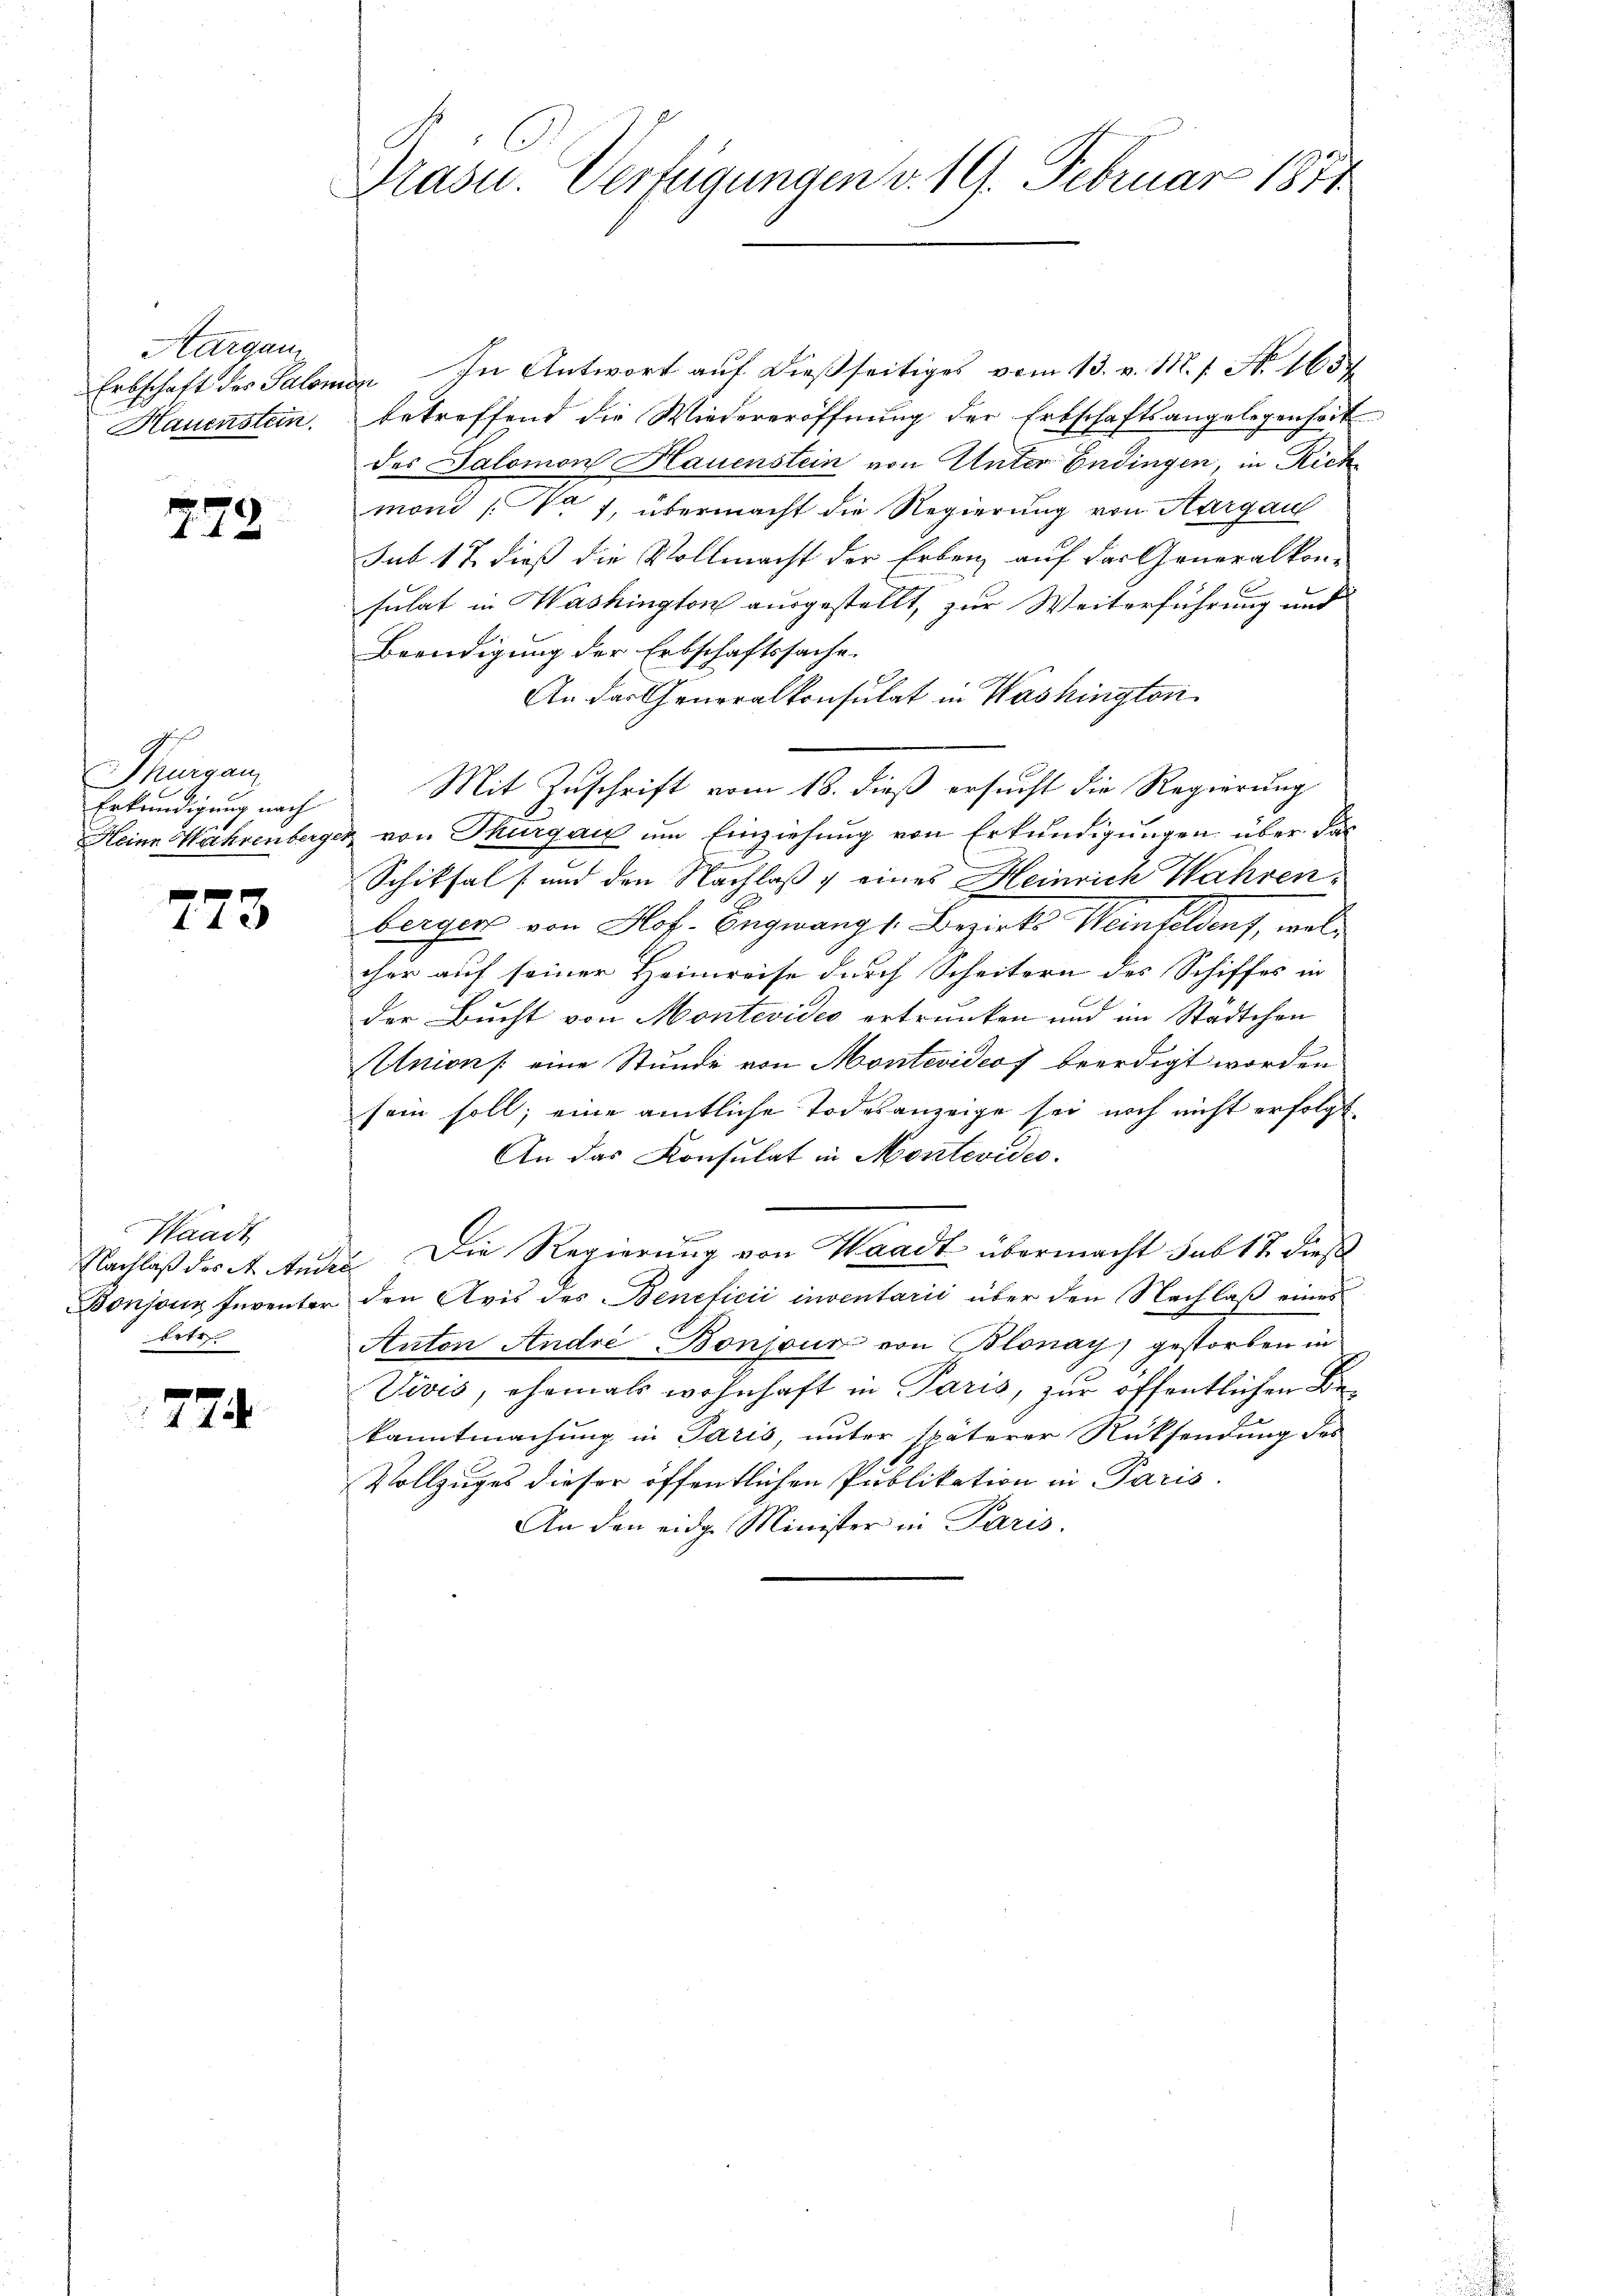
Aargau

272

G
Thurganz
Erkundigung nach

773

Waadt
betr

774.

Pasu. Verfügungen v. 19. Februar 1871

Erbschaft des Salomon  In Antwort auf dießseitiges vom 13. v. M. s. N. 1654
Hauenstein, betreffend die Wiedereröffnung der Erbschaftsangelegenheit
des Salomon Hauenstein von Unter Endingen, in Rich
mond /: No 7, übermacht die Regierung von Aargau
sub 17 dieß die Vollmacht der Erben auf der Generalkon-
sulat in Washington ausgestellt, zur Weiterführung und
Beendigung der Erbschaftssache.
An der Generalkonsulat in Washington
Mit Zuschrift vom 18. dieß ersucht die Regierung
Heine Währenberger von Thurgau um Einziehung von Erkundigungen über das
Schiksal / und den Nachlaß & eines Heinrich Wahrenbergers von Hof. Engwang s. Bezirks Weinfelden, welcher auf seiner Heimreise durch Scheitern des Schiffes in
der Bucht von Montevides ertrunken und im Stadtchen
Unions eine Stunde von Montevideof beerdigt worden
sein soll; eine amtliche Todesanzeige sei noch nicht erfolgt
An das Konsulat in Montevides.
Nachlaß das A. Ander Die Regierung von Waadt übermacht sub 17. dieß
Bonjour Inventer den Avis des Beneficii inventarii über den Nachlaß eines
Anton André Bonjour von Blonay) gestorben in
Vivis, ehemals wohnhaft in Paris, zur öffentlichen Bekanntmachung in Paris, unter späterer Rücksendung des
Vollzuges dieser öffentlichen Publikation in Paris.
An den eidge Minister in Paris.